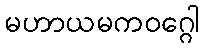
မဟာယမကဝဂ္ဂေါ